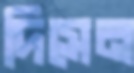
দিসেন